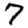
Digit: 7